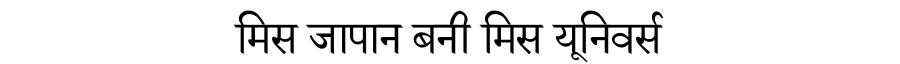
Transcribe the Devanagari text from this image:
मिस जापान बनी मिस यूनिवर्स